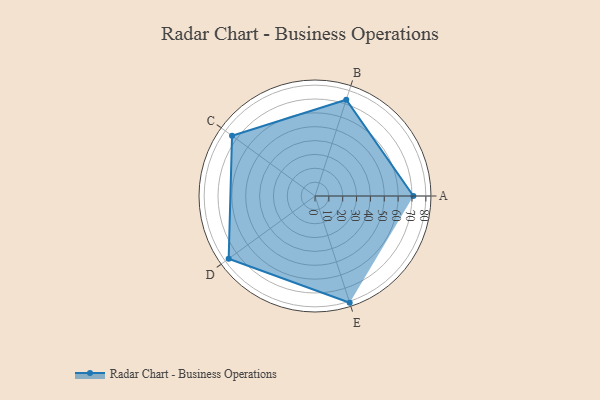
{"axis": {"x": "Skill", "y": "Score"}, "legend": ["Profile"], "data": [{"x": "A", "y": 71.0, "type": "Profile"}, {"x": "B", "y": 73.0, "type": "Profile"}, {"x": "C", "y": 74.0, "type": "Profile"}, {"x": "D", "y": 77.0, "type": "Profile"}, {"x": "E", "y": 81.0, "type": "Profile"}]}